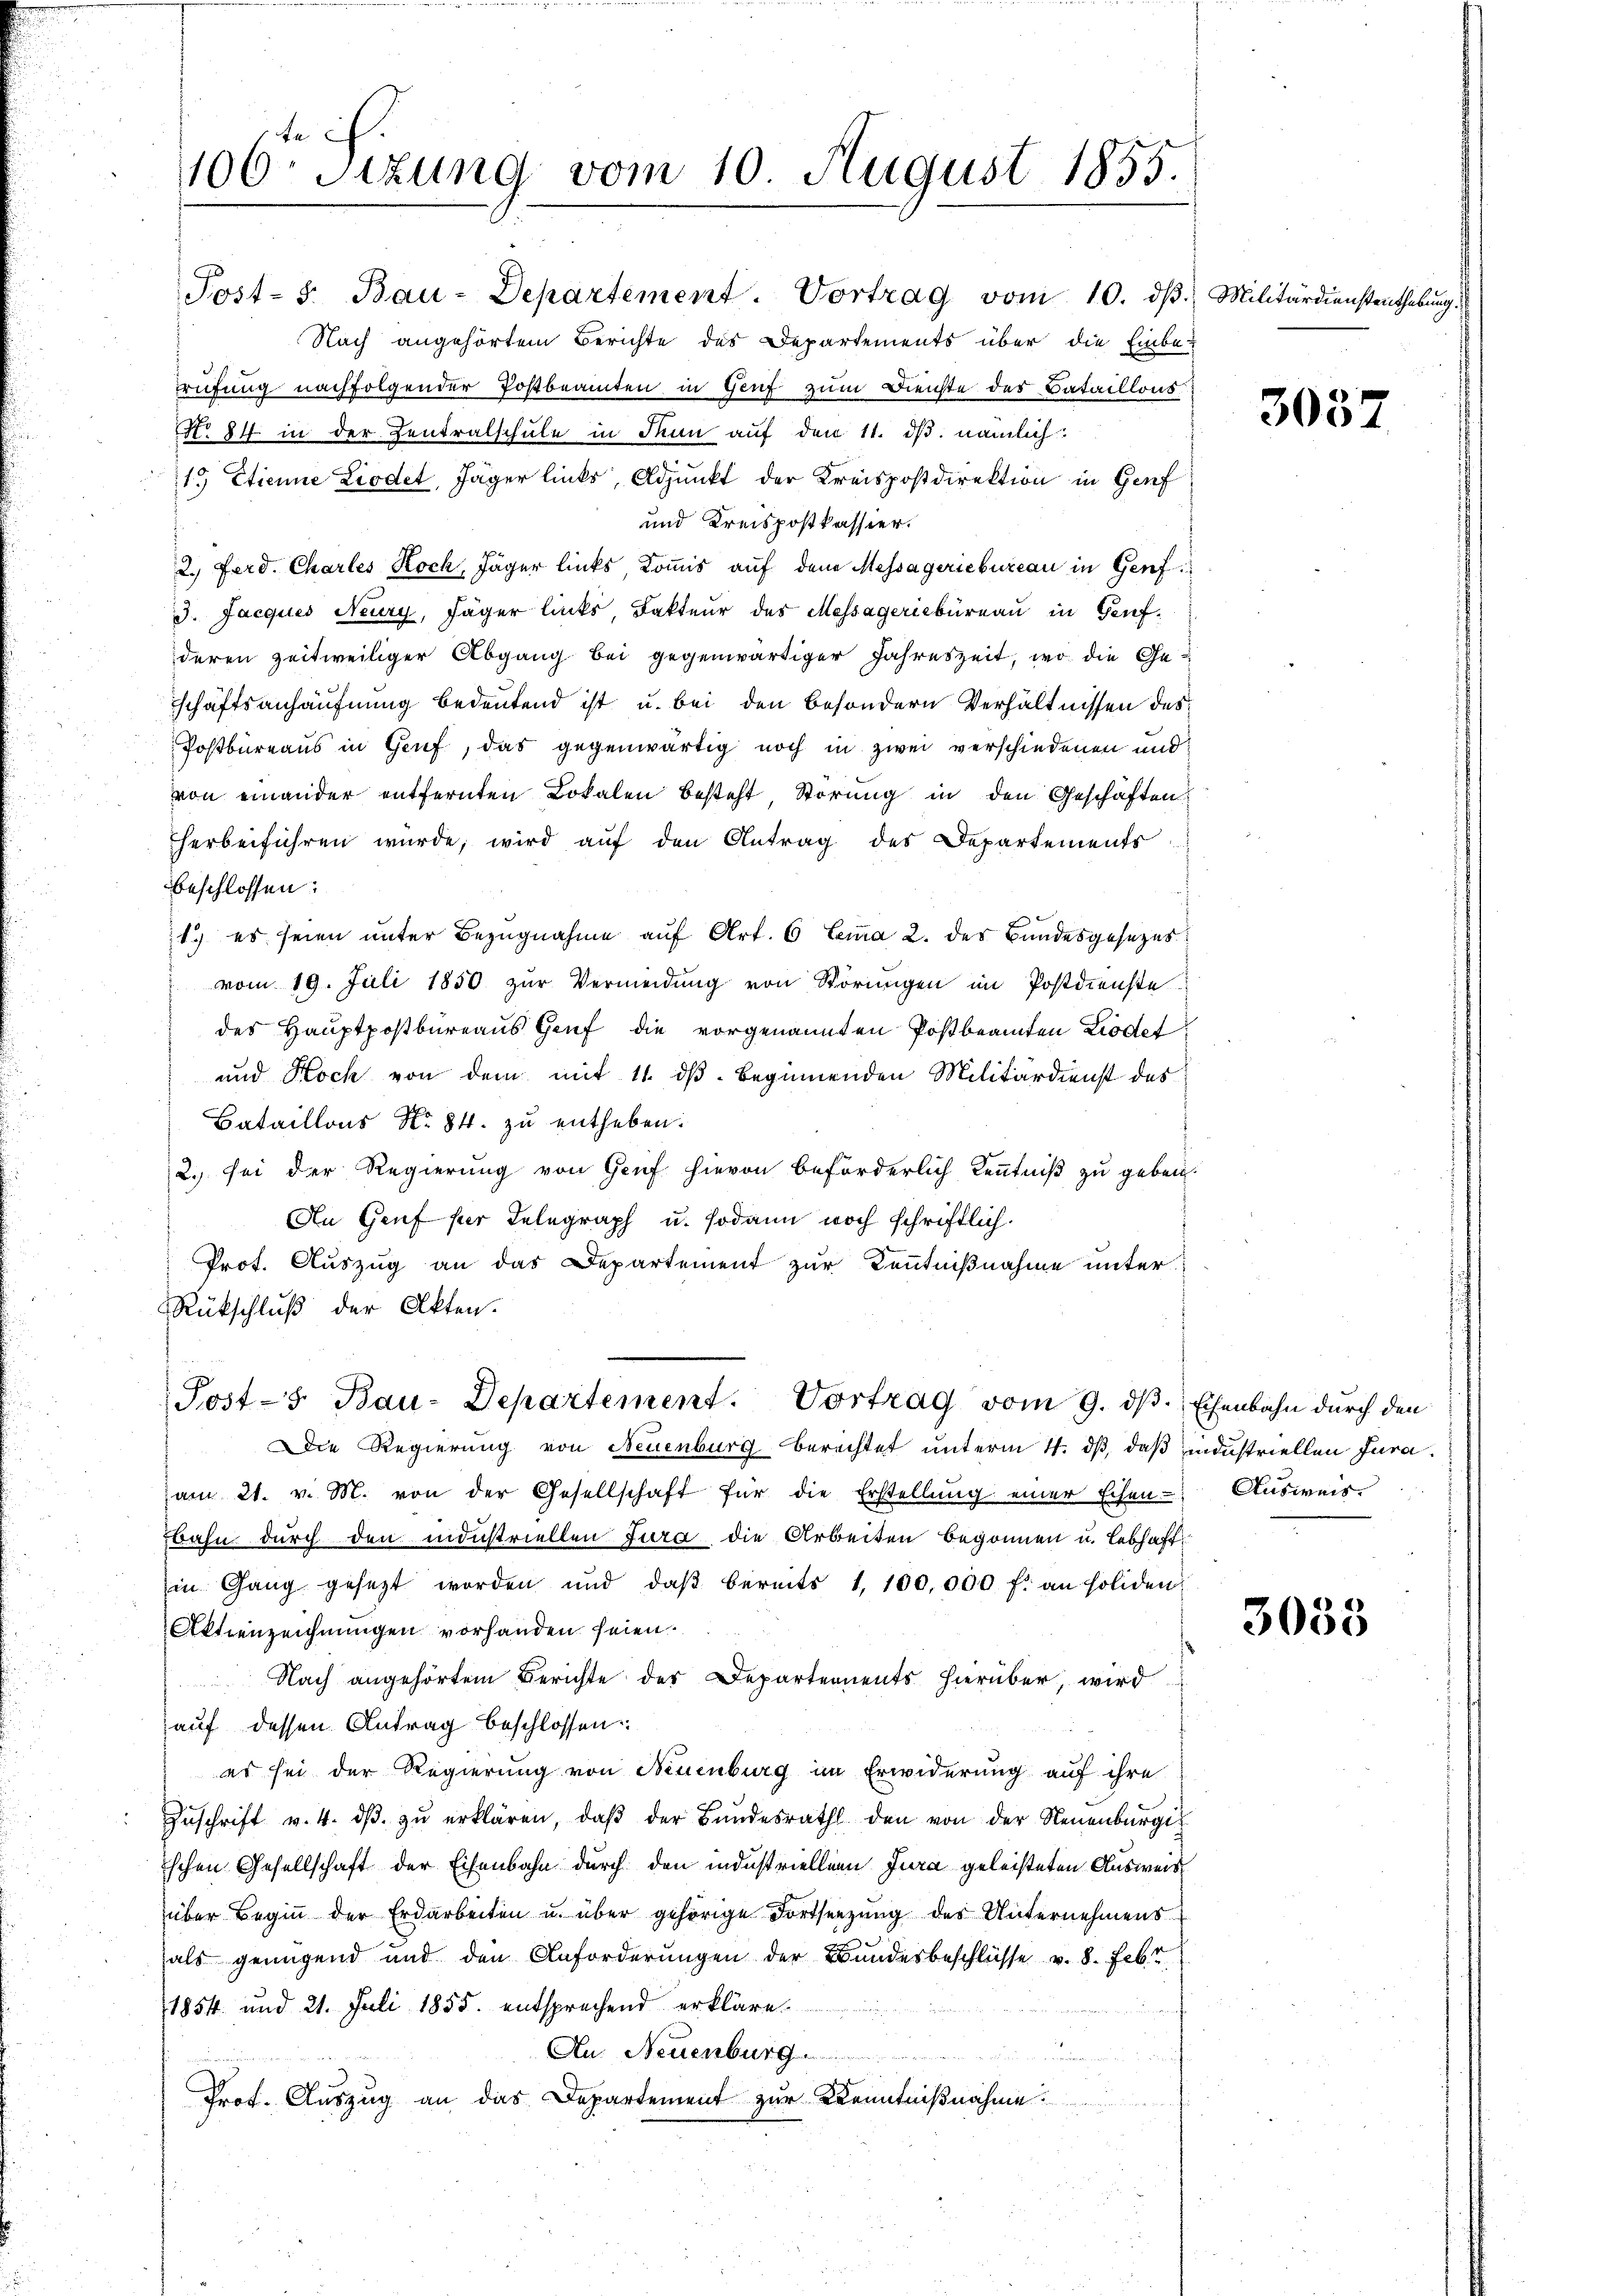
te ih
106. Sitzung vom 10. August 1855.

Post- 5. Bau-Departement. Vortrag vom 10. dβ. Militärdienstenthebung.
Nach angehörtem Berichte des Departements über die Einberüfung nachfolgender Postbeamten in Genf zum Dienste des Bataillons
No 84 in der Zentralschule in denn auf den 11. ds. nämlich:
1. Etienne Liodet, Jäger links, Adjunkt der Kreispostdirektion in Genf
und Kreispostkassier.
2. Ferd. Chartes Koch, Jäger links Kommis auf dem Messa geriebureau in Genf
3. Jacques Neury, Jäger links, Fakteur des Massageriebüreau in Genfderen zeitweiliger Abgang bei gegenwärtiger Jahreszeit, wo die Geschäftsanhäufnung bedeutend ist u. bei den besondern Verhältnissen des¬
Postbureaus in Gruf, das gegenwärtig noch in zwei verschiedenen und
von einander entfernten Lokalen besteht Störung in den Geschäften
herbeiführen wurde, wird auf den Antrag des Departements
beschlossen:
1) es seien unter Bezugnahme aŭf Art. 6 Leua 2. des Bundesgesezes:
vom 19. Juli 1850 zur Vermeidung von Störungen im Postdienste
des Hauptpostbureaus Genf die vorgenannten Postbeamten Lodet
und Koch von dem mit 11. ds. beginnenden Militärdienst des
Bataillons No 84. zu entheben.
2. sei der Regierung von Genf hievon beförderlich Kenntniß zu geben.
An Genf für Telegraph u. sodann noch schriftlich.
Prot. Auszug an das Departement zur Kenntnißnahme unter
Rükschluß der Akten.
Post-5 Bau-Departement. Vortrag vom 9. ds. Eisenbahn durch den
Die Regierung von Neuenburg berechtet unterm 4. dß, daß industriellen Juraam 21. v. M. von der Gesellschaft für die Erstellŭng einer Echen- Ausweis
Bahn durch den industriellen Jura die Arbeiten begonnen u. lebhaft
in Gang gesezt worden und daβ bereits 1, 100,000 f: an soliden:
Aktienzeichnungen vorhanden seien.
Nach angehörtem Berichte der Departernents hierüber, wird
auf dessen Antrag beschlossen:
es sei der Regierung von Neuenburg im Erwiderung auf ihre
Zŭschrift v. 4. dβ zŭ erklären, daβ der Bŭndesrath den von der Neuenburgis
schen Gesellschaft der Eisenbahn durch den industriellen Jura geleisteten Ausweis
über Beginn der Erdarbeiten u. über gehörige Fortsetzung des Unternehmens
als genügend und den Anforderungen der Bundesbeschlüsse v. 8. Febr
1854 und 21. Juli 1855. entsprechend erkläre.
Au. Neuenburg
Prot. Auszug an das Departement zur Kenntnißnahme.

3037

3033